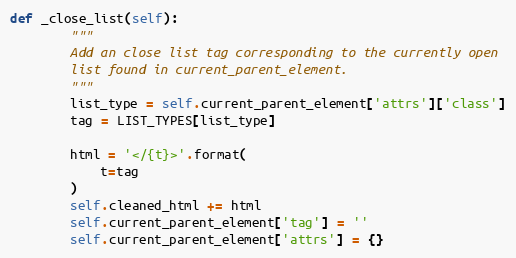
Language: Python
def _close_list(self):
        """
        Add an close list tag corresponding to the currently open
        list found in current_parent_element.
        """
        list_type = self.current_parent_element['attrs']['class']
        tag = LIST_TYPES[list_type]

        html = '</{t}>'.format(
            t=tag
        )
        self.cleaned_html += html
        self.current_parent_element['tag'] = ''
        self.current_parent_element['attrs'] = {}